Source: Handwritten
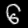
Digit: ၆ (6)